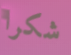
شكرا